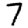
Digit: 7